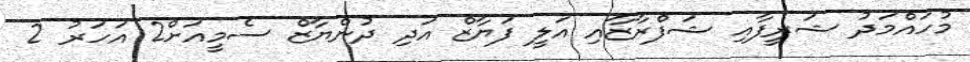
މުހައްމަދު ޝަރީފާއި ޝަފްރާޒާއި އަލީ ފަޔާޒް އަދި ދުންޔާޒް ސެމީއަށް2 އަހަރު 2